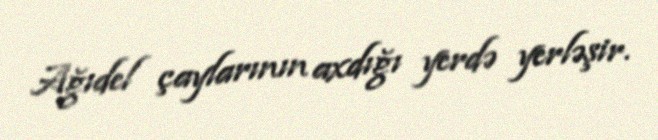
Ağıdel çaylarının axdığı yerdə yerləşir.